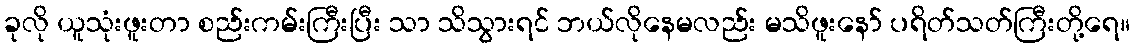
ခုလို ယူသုံးဖူးတာ စည်းကမ်းကြီးပြီး သာ သိသွားရင် ဘယ်လိုနေမလည်း မသိဖူးနော် ပရိတ်သတ်ကြီးတို့ရေ။